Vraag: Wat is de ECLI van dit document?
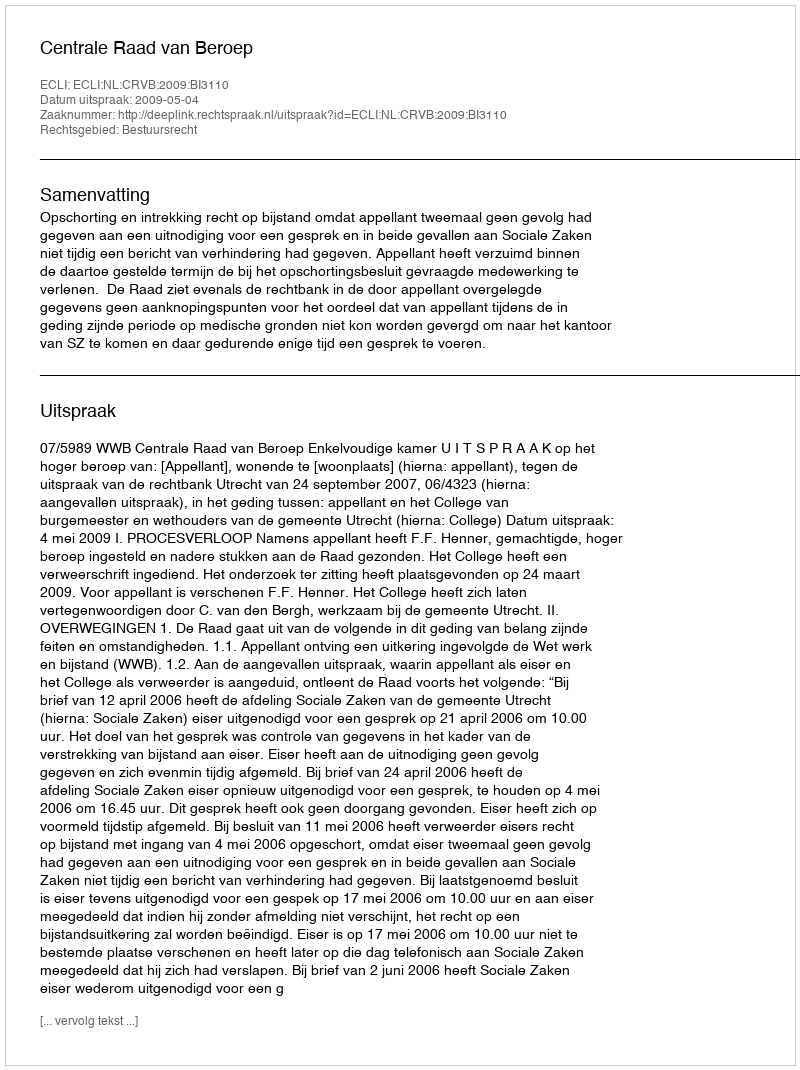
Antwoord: ECLI:NL:CRVB:2009:BI3110